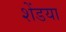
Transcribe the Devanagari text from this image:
शेंडया